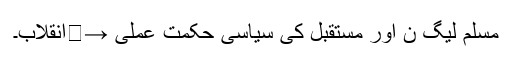
مسلم لیگ ن اور مستقبل کی سیاسی حکمت عملی →	انقلاب۔